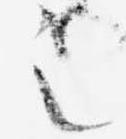
之